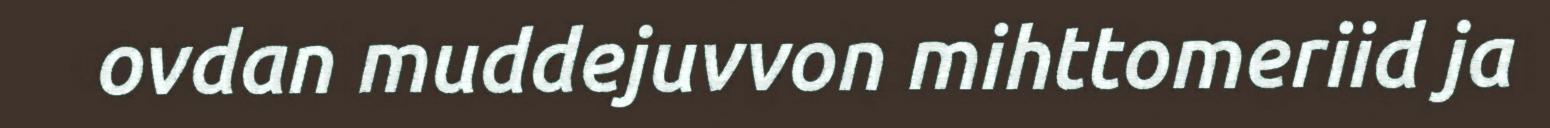
ovdan muddejuvvon mihttomeriid ja